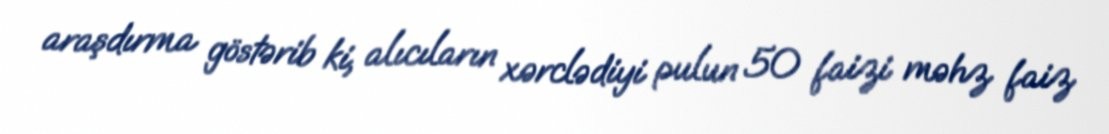
araşdırma göstərib ki, alıcıların xərclədiyi pulun 50 faizi məhz faiz